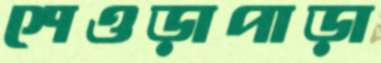
শেওড়াপাড়া